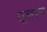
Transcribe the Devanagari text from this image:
ग़ूजरन